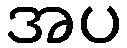
အပ